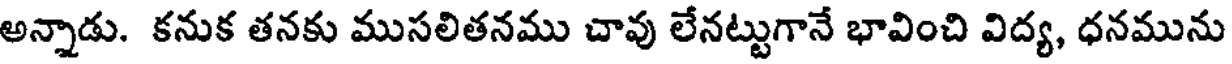
అన్నాడు. కనుక తనకు ముసలితనము చావు లేనట్టుగానే భావించి విద్య, ధనమును